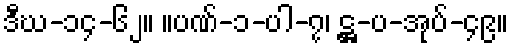
ဒီဃ-၁၄-၆၂။ ။ပဏ်-၁-ပါ-၇၊ ဋ္ဌ-ပ-အုပ်-၄၉။